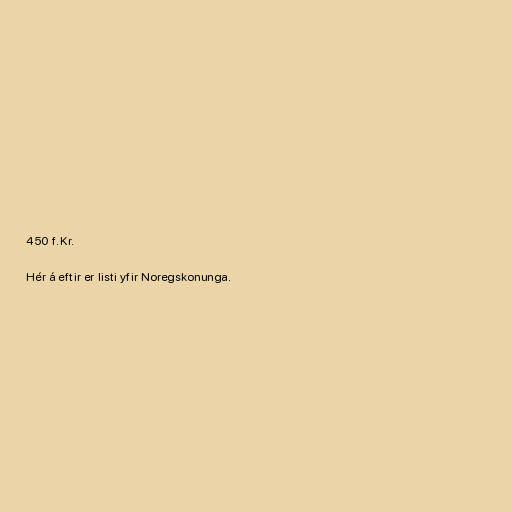
450 f.Kr.

Hér á eftir er listi yfir Noregskonunga.